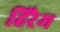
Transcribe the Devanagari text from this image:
हिरैम